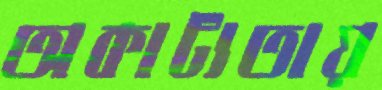
অকাট্যতায়